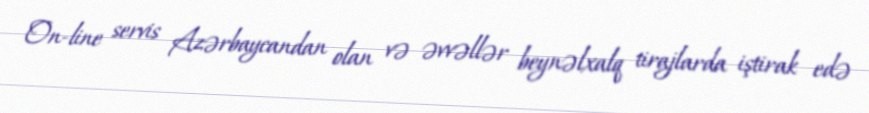
On-line servis Azərbaycandan olan və əvvəllər beynəlxalq tirajlarda iştirak edə